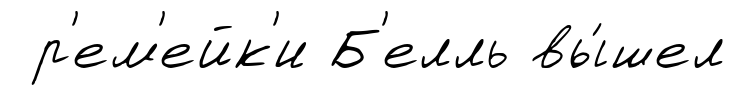
р'ем'ейк'и Б'елль вы́шел